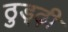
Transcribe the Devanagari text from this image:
ठुड्ढ़ी